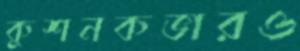
কুশনকভারও